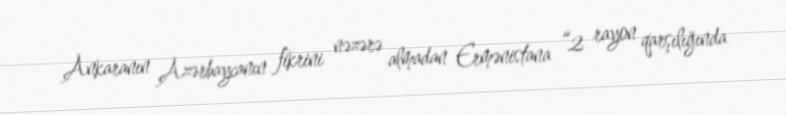
Ankaranın Azərbaycanın fikrini nəzərə almadan Ermənistana “2 rayon qarşılığında